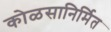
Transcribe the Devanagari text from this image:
कोळसानिर्मित